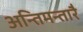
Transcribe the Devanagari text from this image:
अन्तिमन्तारै